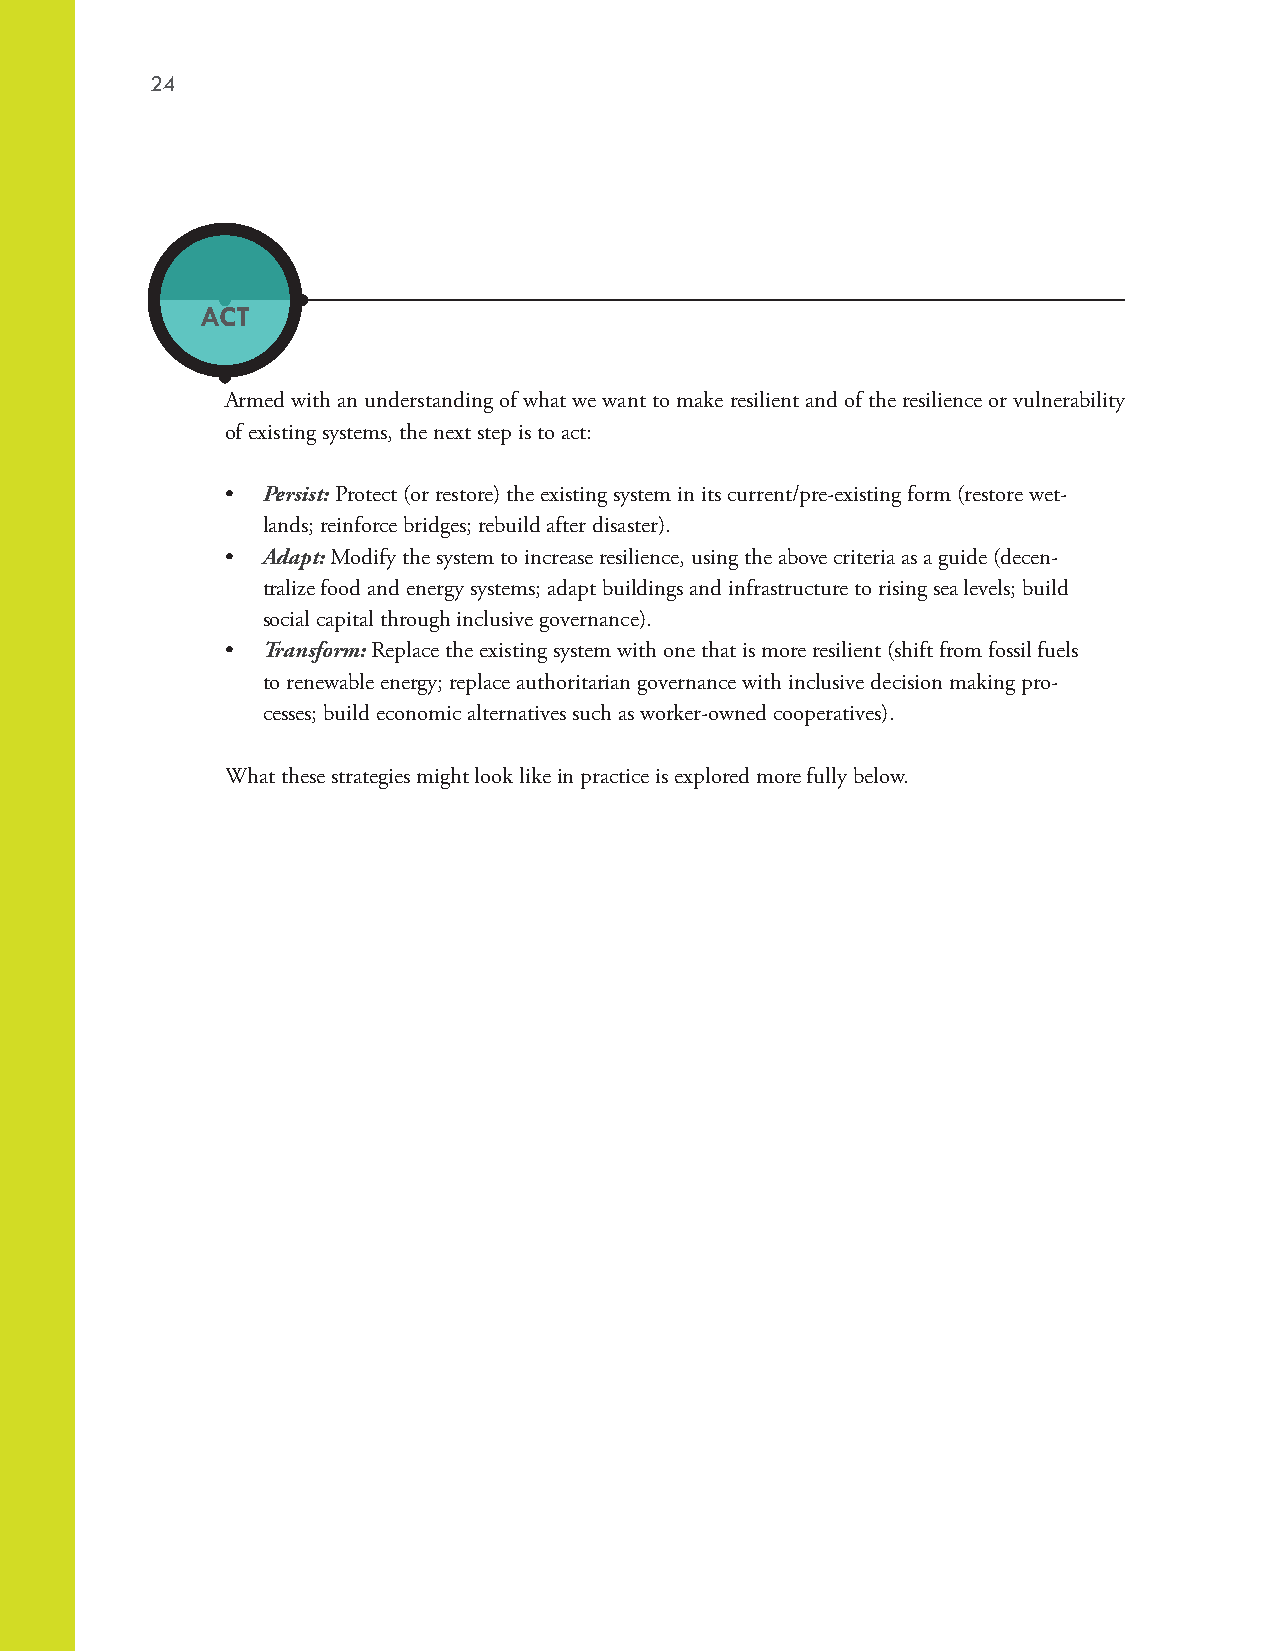
24
 ACT
 Armed with an understanding of what we want to make resilient and of the resilience or vulnerability
 of existing systems, the next step is to act:
 • Persist: Protect (or restore) the existing system in its current/pre-existing form (restore wet-
 lands; reinforce bridges; rebuild after disaster).
 • Adapt: Modify the system to increase resilience, using the above criteria as a guide (decen-
 tralize food and energy systems; adapt buildings and infrastructure to rising sea levels; build
 social capital through inclusive governance).
 • Transform: Replace the existing system with one that is more resilient (shift from fossil fuels
 to renewable energy; replace authoritarian governance with inclusive decision making pro-
 cesses; build economic alternatives such as worker-owned cooperatives).
 What these strategies might look like in practice is explored more fully below.